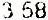
3.68